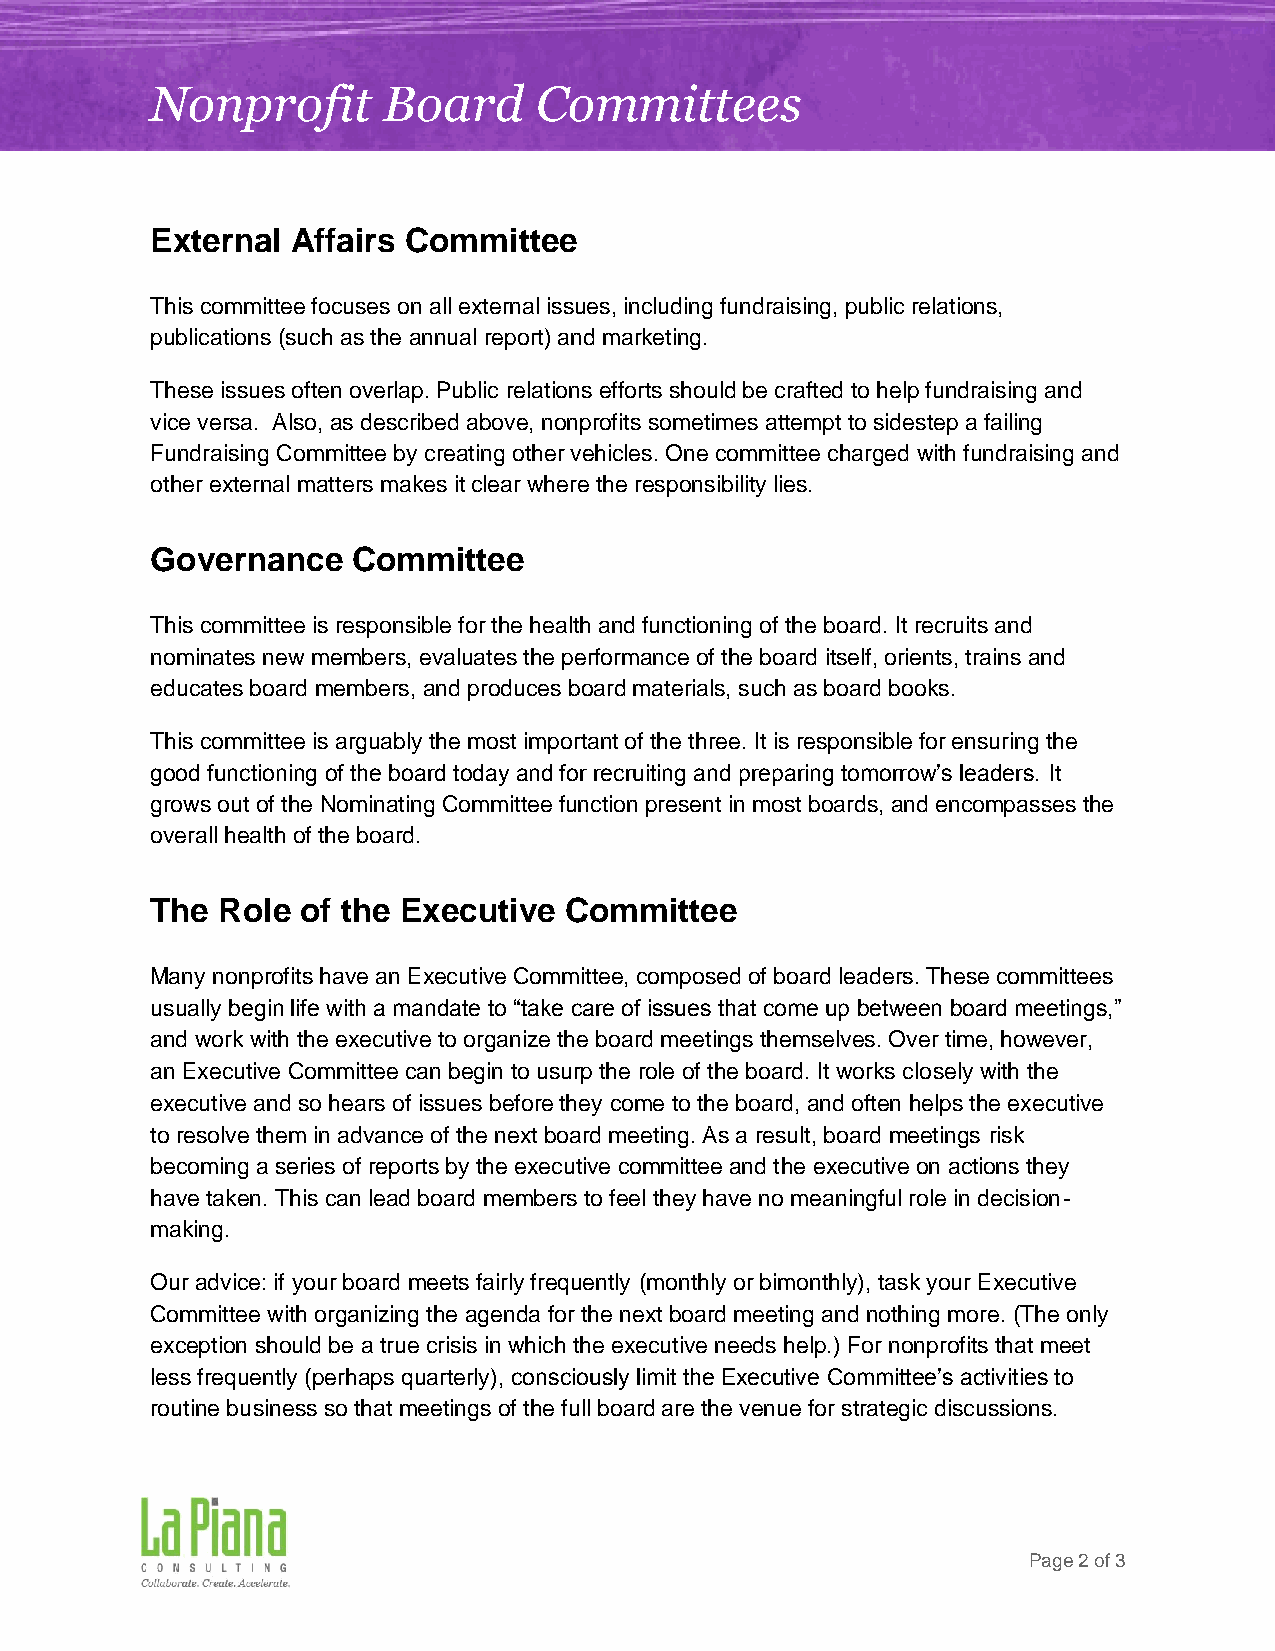
Nonprofit      Board      Committees
 External Affairs Committee
 This committee focuses on all external issues, including fundraising, public relations,
 publications (such as the annual report) and marketing.
 These issues often overlap. Public relations efforts should be crafted to help fundraising and
 vice versa. Also, as described above, nonprofits sometimes attempt to sidestep a failing
 Fundraising Committee by creating other vehicles. One committee charged with fundraising and
 other external matters makes it clear where the responsibility lies.
 Governance   Committee
 This committee is responsible for the health and functioning of the board. It recruits and
 nominates new members, evaluates the performance of the board itself, orients, trains and
 educates board members, and produces board materials, such as board books.
 This committee is arguably the most important of the three. It is responsible for ensuring the
 good functioning of the board today and for recruiting and preparing tomorrow’s leaders. It
 grows out of the Nominating Committee function present in most boards, and encompasses the
 overall health of the board.
 The Role  of the Executive Committee
 Many nonprofits have an Executive Committee, composed of board leaders. These committees
 usually begin life with a mandate to “take care of issues that come up between board meetings,”
 and work with the executive to organize the board meetings themselves. Over time, however,
 an Executive Committee can begin to usurp the role of the board. It works closely with the
 executive and so hears of issues before they come to the board, and often helps the executive
 to resolve them in advance of the next board meeting. As a result, board meetings risk
 becoming a series of reports by the executive committee and the executive on actions they
 have taken. This can lead board members to feel they have no meaningful role in decision-
 making.
 Our advice: if your board meets fairly frequently (monthly or bimonthly), task your Executive
 Committee with organizing the agenda for the next board meeting and nothing more. (The only
 exception should be a true crisis in which the executive needs help.) For nonprofits that meet
 less frequently (perhaps quarterly), consciously limit the Executive Committee’s activities to
 routine business so that meetings of the full board are the venue for strategic discussions.
 Page 2 of 3